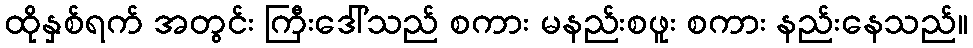
ထိုနှစ်ရက် အတွင်း ကြီးဒေါ်သည် စကား မနည်းစဖူး စကား နည်းနေသည်။